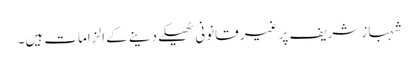
شہباز شریف پر غیر قانونی ٹھیکے دینے کے الزامات ہیں۔